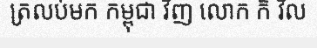
ត្រលប់មក កម្ពុជា វិញ លោក ក៏ វិល